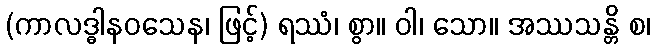
(ကာလဒ္ဓါနဝသေန၊ ဖြင့်) ရဿံ၊ စွာ။ ဝါ၊ သော။ အဿသန္တိ စ၊